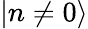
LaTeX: \lvert n\ne 0\rangle